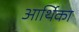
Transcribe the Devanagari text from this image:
आर्थिका